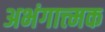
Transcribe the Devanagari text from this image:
अभंगात्त्मक